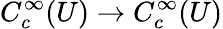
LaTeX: C_{c}^{\infty}(U)\to C_{c}^{\infty}(U)